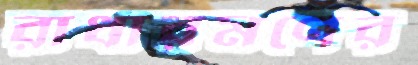
রাধারমণের